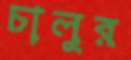
চালুর